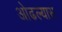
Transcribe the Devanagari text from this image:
ओढल्यास